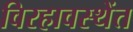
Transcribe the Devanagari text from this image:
विरहावस्थेंत